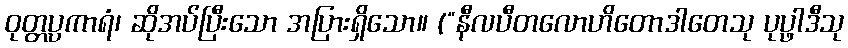
ဝုတ္တပ္ပကာရံ၊ ဆိုအပ်ပြီးသော အပြားရှိသော။ (“နီလပီတလောဟိတောဒါတေသု ပုပ္ဖာဒီသု